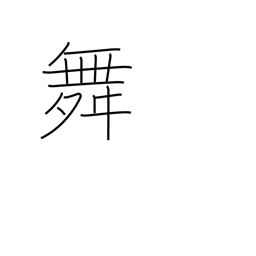
Meaning: dance